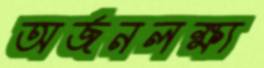
অর্জনলক্ষ্য